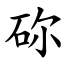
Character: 䂧